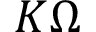
K \Omega